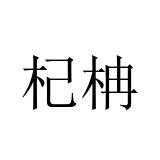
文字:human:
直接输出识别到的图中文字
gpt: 杞柟